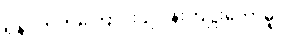
ရန်ပိုတတ်ကြောင်း ဥဒါန်းကျူးတော်မူပုံ။